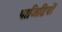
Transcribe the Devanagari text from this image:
पाजिटिवों